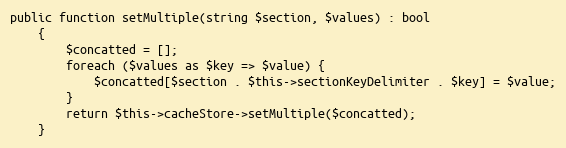
Language: PHP
public function setMultiple(string $section, $values) : bool
    {
        $concatted = [];
        foreach ($values as $key => $value) {
            $concatted[$section . $this->sectionKeyDelimiter . $key] = $value;
        }
        return $this->cacheStore->setMultiple($concatted);
    }